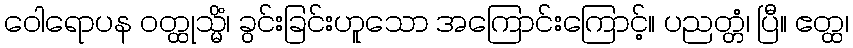
ဝေါရောပန ဝတ္ထုသ္မိံ၊ ခွင်းခြင်းဟူသော အကြောင်းကြောင့်။ ပညတ္တံ၊ ပြီ။ ဧတ္ထ၊